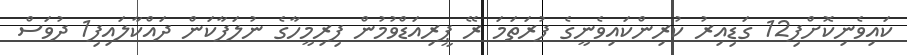
ކައިވެނިކޮށްފި12 ގަޑިއިރު ކުރިންކައިވެނީގެ ފުރަތަމަ ރޭ ޕީރިއަޑްވުމުން ފިރިމީހާގެ ނުލަފާކަން ދައްކާލައިފި1 ދުވަސް